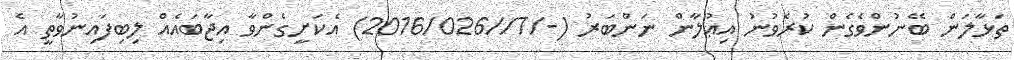
ތަޅާލަން ބޭނުންވެގެން ކުރެވުނު އިޢުލާން ނަންބަރު (-/7//2016/026) އެކަށީގެންވާ އިޖާބައެއް ލިބިފައިނުވާތީ އެ